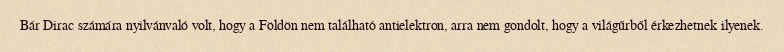
Bár Dirac számára nyilvánvaló volt, hogy a Földön nem található antielektron, arra nem gondolt, hogy a világűrből érkezhetnek ilyenek.